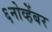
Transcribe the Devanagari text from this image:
६नोव्हेंबर